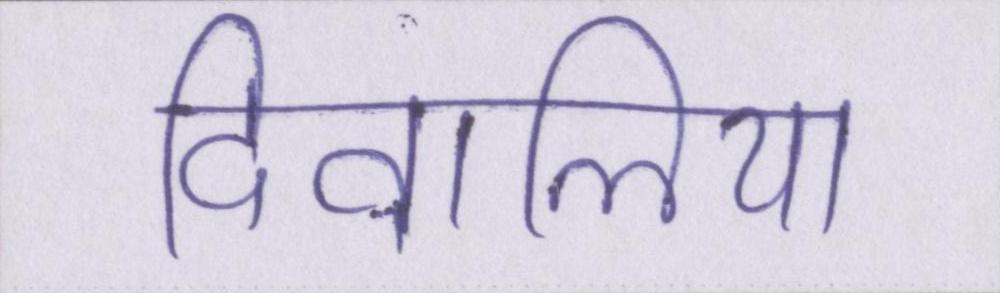
दिवालिया